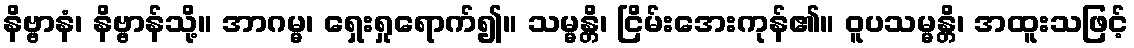
နိဗ္ဗာနံ၊ နိဗ္ဗာန်သို့။ အာဂမ္မ၊ ရှေးရှုရောက်၍။ သမ္မန္တိ၊ ငြိမ်းအေးကုန်၏။ ဝူပသမ္မန္တိ၊ အထူးသဖြင့်